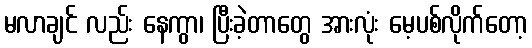
မလာချင် လည်း နေကွာ၊ ပြီးခဲ့တာတွေ အားလုံး မေ့ပစ်လိုက်တော့